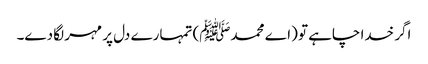
اگر خدا چاہے تو (اے محمدﷺ) تمہارے دل پر مہر لگا دے۔